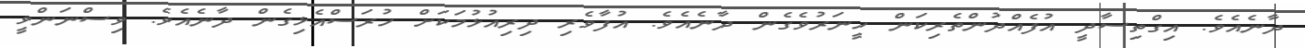
ދާނެއެވެ. އިގްތިސާދީ އުފެއްދުންތެރިކަން ހީނަރުވެގެން ދާނެއެވެ. އުފާވެރި ދިރިއުޅުމަކަށް ހުރަސްއެޅިގެން ދާނެއެވެ. ވިސްނަންވީ